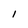
Character: l